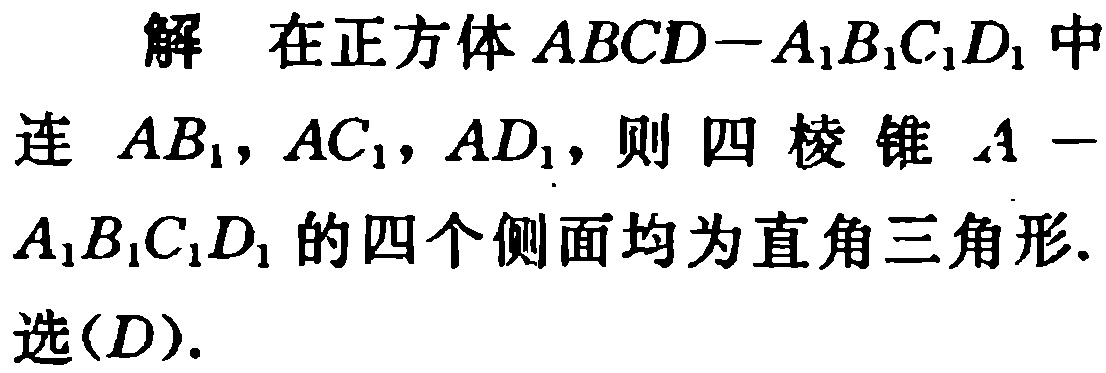
解 在正方体 \(ABCD - A_{1}B_{1}C_{1}D_{1}\) 中
连 \(AB_{1}, AC_{1}, AD_{1}\)，则四棱锥 \(A - A_{1}B_{1}C_{1}D_{1}\) 的四个侧面均为直角三角形.
选\((D)\).